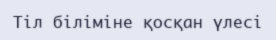
Тіл біліміне қосқан үлесі